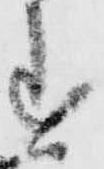
す